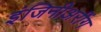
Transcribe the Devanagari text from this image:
इंजिनीअरींग